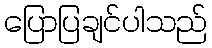
ပြောပြချင်ပါသည်